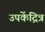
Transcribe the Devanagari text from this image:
उपकेंद्रित्र